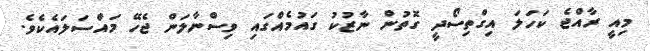
މިއީ ރާއްޖެ ކަހަލަ އިގްތިސޯދީ ގޮތުން ނާޒުކު ގައުމެއްގައި ވިސްނާލަން ޖެހޭ މައްސަލައެކެވެ.